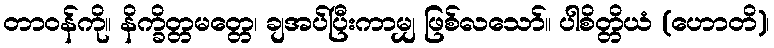
တာဝန်ကို။ နိက္ခိတ္တမတ္တေ၊ ချအပ်ပြီးကာမျှ ဖြစ်လသော်။ ပါစိတ္တိယံ (ဟောတိ)၊